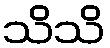
သိသိ